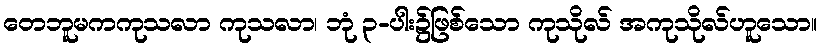
တေဘူမကကုသလာ ကုသလာ၊ ဘုံ ၃-ပါး၌ဖြစ်သော ကုသိုလ် အကုသိုလ်ဟူသော။